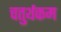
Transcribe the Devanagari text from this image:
चतुर्थकम